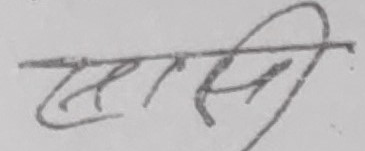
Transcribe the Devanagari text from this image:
सासिरि